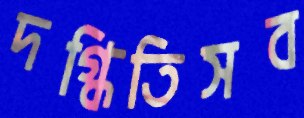
দগ্ধিতিসব